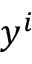
y ^ { i }